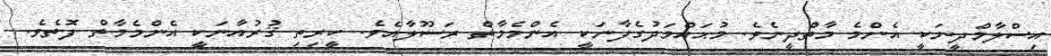
އިސްލާމްދީނަކީ އެންމެ މާތްދީނެވެ. މުޙައްމަދުގެފާނަކީ އެންމެމާތް ރަސޫލާއެވެ. ކީރިތި ޤުރުއާނަކީ އެންމެމާތް ފޮތެވެ.